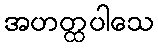
အဟတ္ထပါသေ